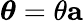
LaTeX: {\boldsymbol{\theta}}=\theta\mathbf{a}